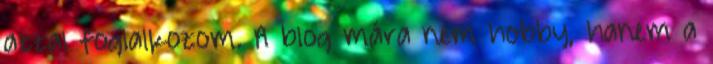
azzal foglalkozom. A blog mára nem hobby, hanem a